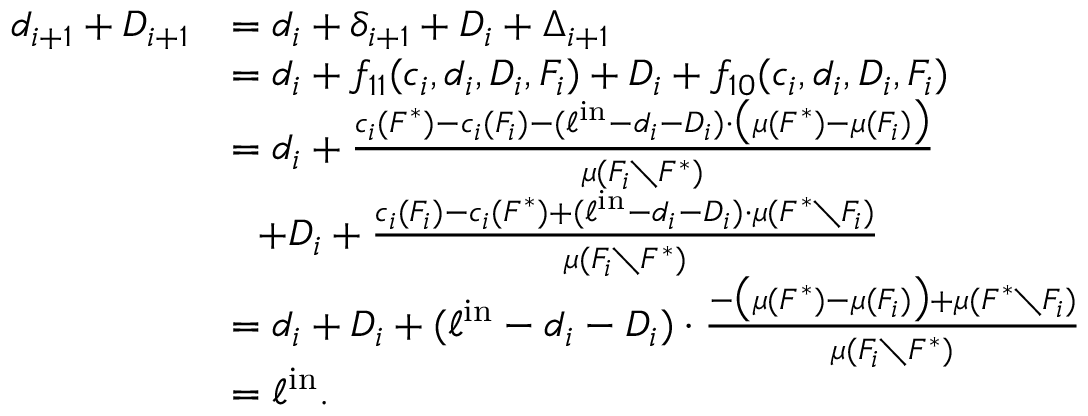
\begin{array} { r l } { d _ { i + 1 } + D _ { i + 1 } } & { = d _ { i } + \delta _ { i + 1 } + D _ { i } + \Delta _ { i + 1 } } \\ { } & { = d _ { i } + f _ { 1 1 } ( c _ { i } , d _ { i } , D _ { i } , F _ { i } ) + D _ { i } + f _ { 1 0 } ( c _ { i } , d _ { i } , D _ { i } , F _ { i } ) } \\ { } & { = d _ { i } + \frac { c _ { i } ( F ^ { * } ) - c _ { i } ( F _ { i } ) - ( \ell ^ { \mathrm { i n } } - d _ { i } - D _ { i } ) \cdot \big ( \mu ( F ^ { * } ) - \mu ( F _ { i } ) \big ) } { \mu ( F _ { i } \setminus F ^ { * } ) } } \\ { } & { ~ ~ + D _ { i } + \frac { c _ { i } ( F _ { i } ) - c _ { i } ( F ^ { * } ) + ( \ell ^ { \mathrm { i n } } - d _ { i } - D _ { i } ) \cdot \mu ( F ^ { * } \setminus F _ { i } ) } { \mu ( F _ { i } \setminus F ^ { * } ) } } \\ { } & { = d _ { i } + D _ { i } + ( \ell ^ { \mathrm { i n } } - d _ { i } - D _ { i } ) \cdot \frac { - \big ( \mu ( F ^ { * } ) - \mu ( F _ { i } ) \big ) + \mu ( F ^ { * } \setminus F _ { i } ) } { \mu ( F _ { i } \setminus F ^ { * } ) } } \\ { } & { = \ell ^ { \mathrm { i n } } . } \end{array}